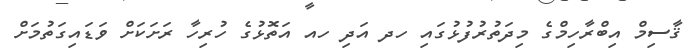
ޤާސިމް އިބްރާހިމްގެ މިދަތުރުފުޅުގައި ހދ އަދި ހއ އަތޮޅުގެ ހުރިހާ ރަށަކަށް ވަޑައިގަތުމަށް